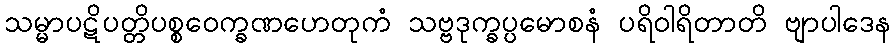
သမ္မာပဋိပတ္တိပစ္စဝေက္ခဏဟေတုကံ သဗ္ဗဒုက္ခပ္ပမောစနံ ပရိဝါရိတာတိ ဗျာပါဒေန